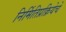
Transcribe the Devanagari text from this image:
निर्मितिप्रक्रियेचे